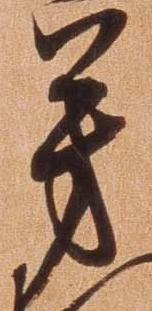
芳